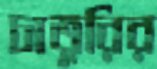
চাতুরির